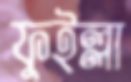
ফুইল্লা